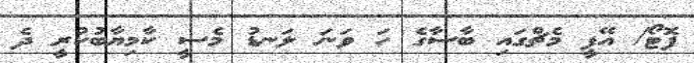
ފޮޓޯ/ އޭޕީ މެޗްގައި ބާސާގެ ހަ ވަނަ ލަނޑު މެސީ ކާމިޔާބުކުރީ ދެ